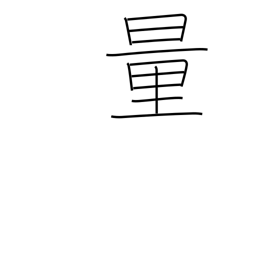
Meaning: surmise